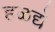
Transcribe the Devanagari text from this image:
हळद्ये